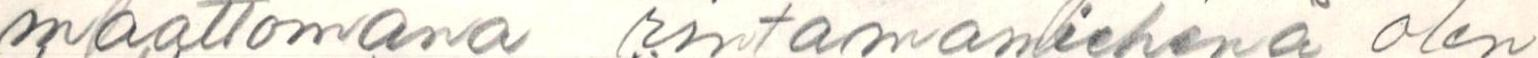
maattomana rintamamiehenä olen